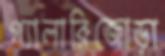
গ্যালারিজোড়া